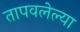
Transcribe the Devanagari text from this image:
तापवलेल्या